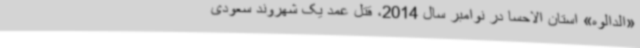
«الدالوه» استان الاحسا در نوامبر سال 2014، قتل عمد یک شهروند سعودی